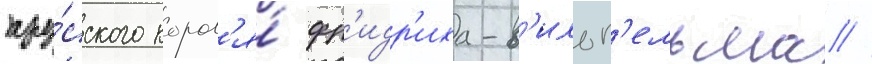
пру́сского корол'я́ фр'идр'иха-в'ильг'ельма //